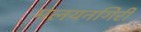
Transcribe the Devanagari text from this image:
मलयनगिरी